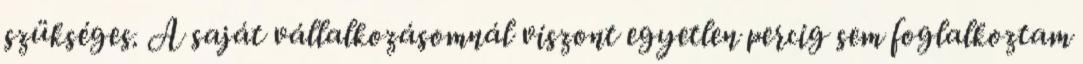
szükséges. A saját vállalkozásomnál viszont egyetlen percig sem foglalkoztam